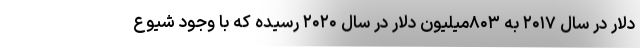
دلار در سال ۲۰۱۷ به ۸۰۳میلیون دلار در سال ۲۰۲۰ رسیده که با وجود شیوع